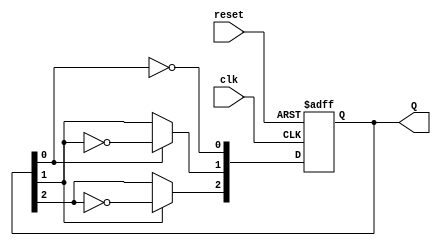
module ripple_counter (
    input wire clk,          // Clock input
    input wire reset,        // Asynchronous reset
    output reg [2:0] Q       // 3-bit output for the counter
);

    // T flip-flop behavior
    always @(posedge clk or posedge reset) begin
        if (reset) begin
            Q <= 3'b000;     // Reset the counter to 0
        end else begin
            Q[0] <= ~Q[0];    // Toggle LSB on every clock pulse
            Q[1] <= Q[0] ? ~Q[1] : Q[1]; // Toggle second bit on LSB transition
            Q[2] <= Q[1] ? ~Q[2] : Q[2]; // Toggle third bit on second bit transition
        end
    end

endmodule